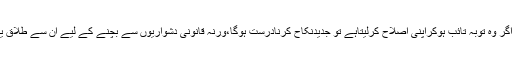
تاہم دونوں صورتوں میں اگر وہ توبہ تائب ہوکراپنی اصلاح کرلیتاہے تو جدیدنکاح کرنادرست ہوگا،ورنہ قانونی دشواریوں سے بچنے کے لیے ان سے طلاق یا خلع حاصل کرلی جائے۔